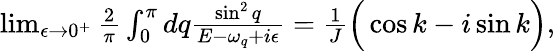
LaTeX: \begin{array}{r}{\operatorname*{lim}_{\epsilon\rightarrow 0^{+}}\frac{2}{\pi}\int_{0}^{\pi}dq\frac{\sin^{2}{q}}{E-\omega_{q}+i\epsilon}=\frac{1}{J}\Big(\cos{k}-i\sin{k}\Big),}\end{array}